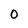
Character: O